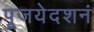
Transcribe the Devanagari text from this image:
पूजयेदशनं